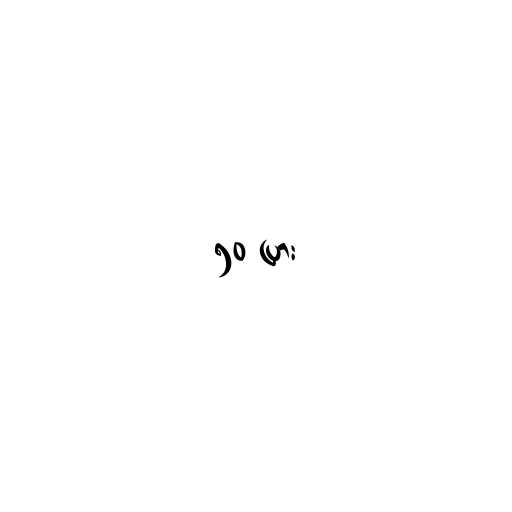
၅၀ ပြား